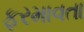
ફરમાવતા